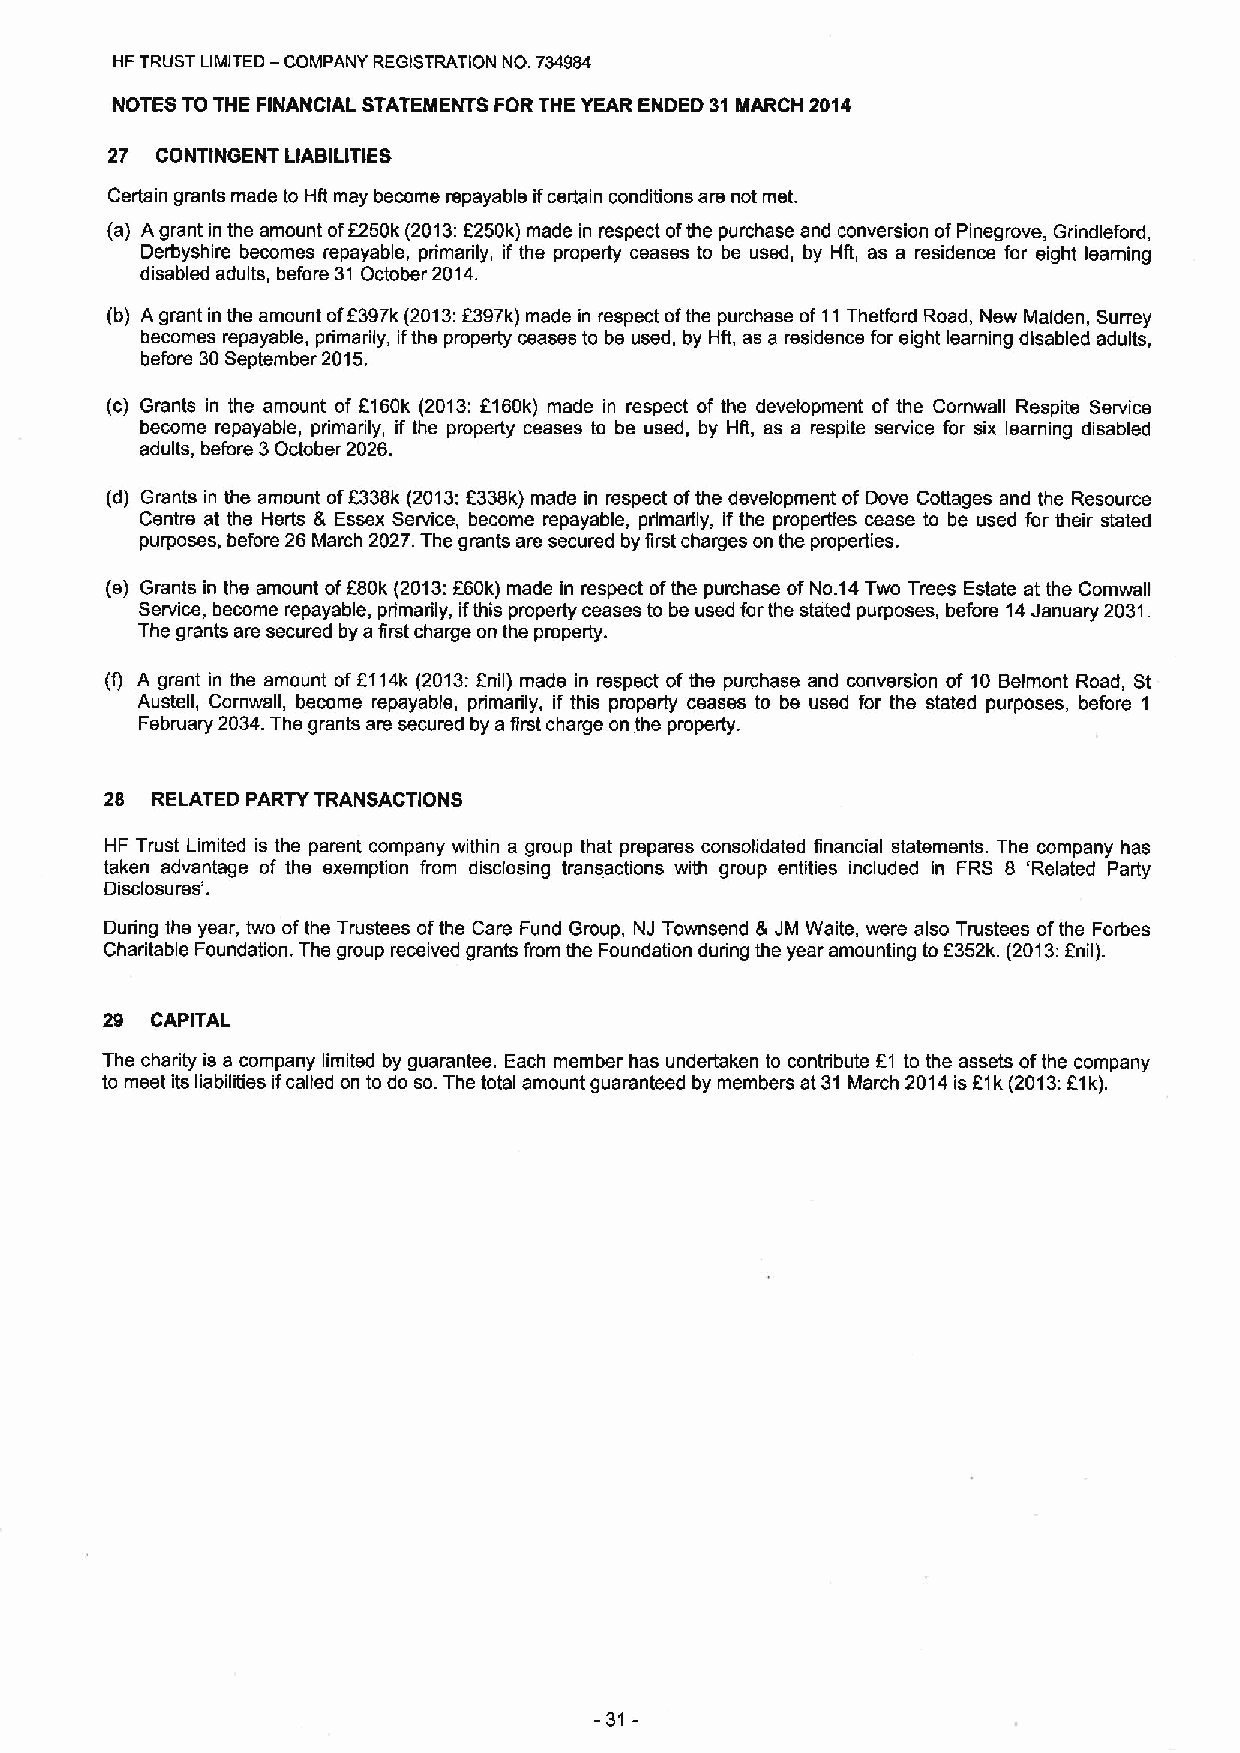
HF TRUST LIMITED —COMPANY REGISTRATION NO. 734984
 NOTES TO THE FINANCIAL STATEMENTS FOR THE YEAR ENDED 31 MARCH 2014
 27 CONTINGEI4T LIABILITIES
 Certain grants made to Hft may become repayable ifcertain conditions are not met.
 (a) Agrant in the amount of8250k (2013:6250k) made in respect ofthe purchase and conversion ofPinegrove, Grindleford,
 Derbyshire becomes repayable, primarily, if the property ceases to be used, by HR, as a residence for eight learning
 disabled adults, before 31 October 2014.
 f
 (b) A grant in the amount of 397k(2013:6397k) made in respect ofthe purchase of11Thefford Road, New Maiden, Surrey
 becomes repayable, primarily, ifthe property ceases to be used, by Hft, as a residence for eight learning disabled adults,
 before 30September 2015.
 (c) Grants in the amount of ft60k (2013:8160k) made in respect of the development of the Cornwall Respite Service
 become repayable, primarily, if the property ceases to be used, by Hft, as a respite service for six learning disabled
 adults, before 3October 2026.
 (d) Grants in the amount of8338k (2013:6338k) made in respect ofthe development ofDove Cottages and the Resource
 Centre at the Herts 8 Essex Service, become repayable, primarily, ifthe properties cease to be used for their stated
 purposes, before 26 March 2027.The grants are secured by first charges on the properties.
 (e) Grants in the amount ofF80k (2013:f60k) made in respect ofthe purchase ofNo.14Two Trees Estate at the Comwall
 Service, become repayable, primarily, ifthis property ceases to be used forthe stated purposes, before 14January 2031.
 The grants are secured by afirst charge on the property.
 (f) A grant in the amount of6114k (2013:fnil) made in respect ofthe purchase and conversion of 10 Belmont Road, St
 Austell, Cornwall, become repayable, primarily, if this property ceases to be used for the stated purposes, before 1
 February 2034.The grants are secured by afirst charge on the property.
 28 RELATED PARTY TRANSACTIONS
 HF Trust Limited is the parent company within a group that prepares consolidated financial statements. The company has
 taken advantage of the exemption from disclosing transactions with group entities included in FRS 8 'Related Party
 Disclosures'.
 During the year, two ofthe Trustees ofthe Care Fund Group, NJ Townsend &JM Waite, were also Trustees ofthe Forbes
 Charitable Foundation. The group received grants from the Foundation during the year amounting to 6352k. (2013:Enil).
 29 CAPITAL
 The charity is a company limited by guarantee. Each member has undertaken to contribute F1 to the assets ofthe company
 f
 to meet its liabilities ifcalled on to do so.The total amount guaranteed by members at 31 March 2014is 1k (2013:81k).
 -31